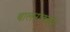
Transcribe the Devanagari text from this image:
बालनाट्यात